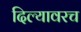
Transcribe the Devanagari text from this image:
दिल्यावरच